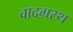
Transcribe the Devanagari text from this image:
वादग्रस्थ